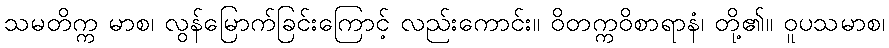
သမတိက္က မာစ၊ လွန်မြောက်ခြင်းကြောင့် လည်းကောင်း။ ဝိတက္ကဝိစာရာနံ၊ တို့၏။ ဝူပသမာစ၊